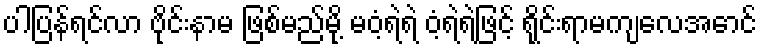
ပါပြန်ရင်လာ ဗိုင်းနာမ ဖြစ်မည်မို့ မဝံ့ရဲရဲ ဝံ့ရဲရဲဖြင့် ရိုင်းရာမကျလေအောင်